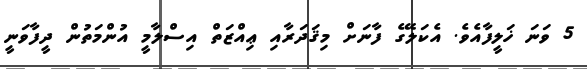
5 ވަނަ ޚަލީފާއެވެ. އެކަލޭގެ ފާނަށް މިޤަދަރާއި ޢިއްޒަތް އިސްލާމީ އުންމަތުން ދީފާވަނީ